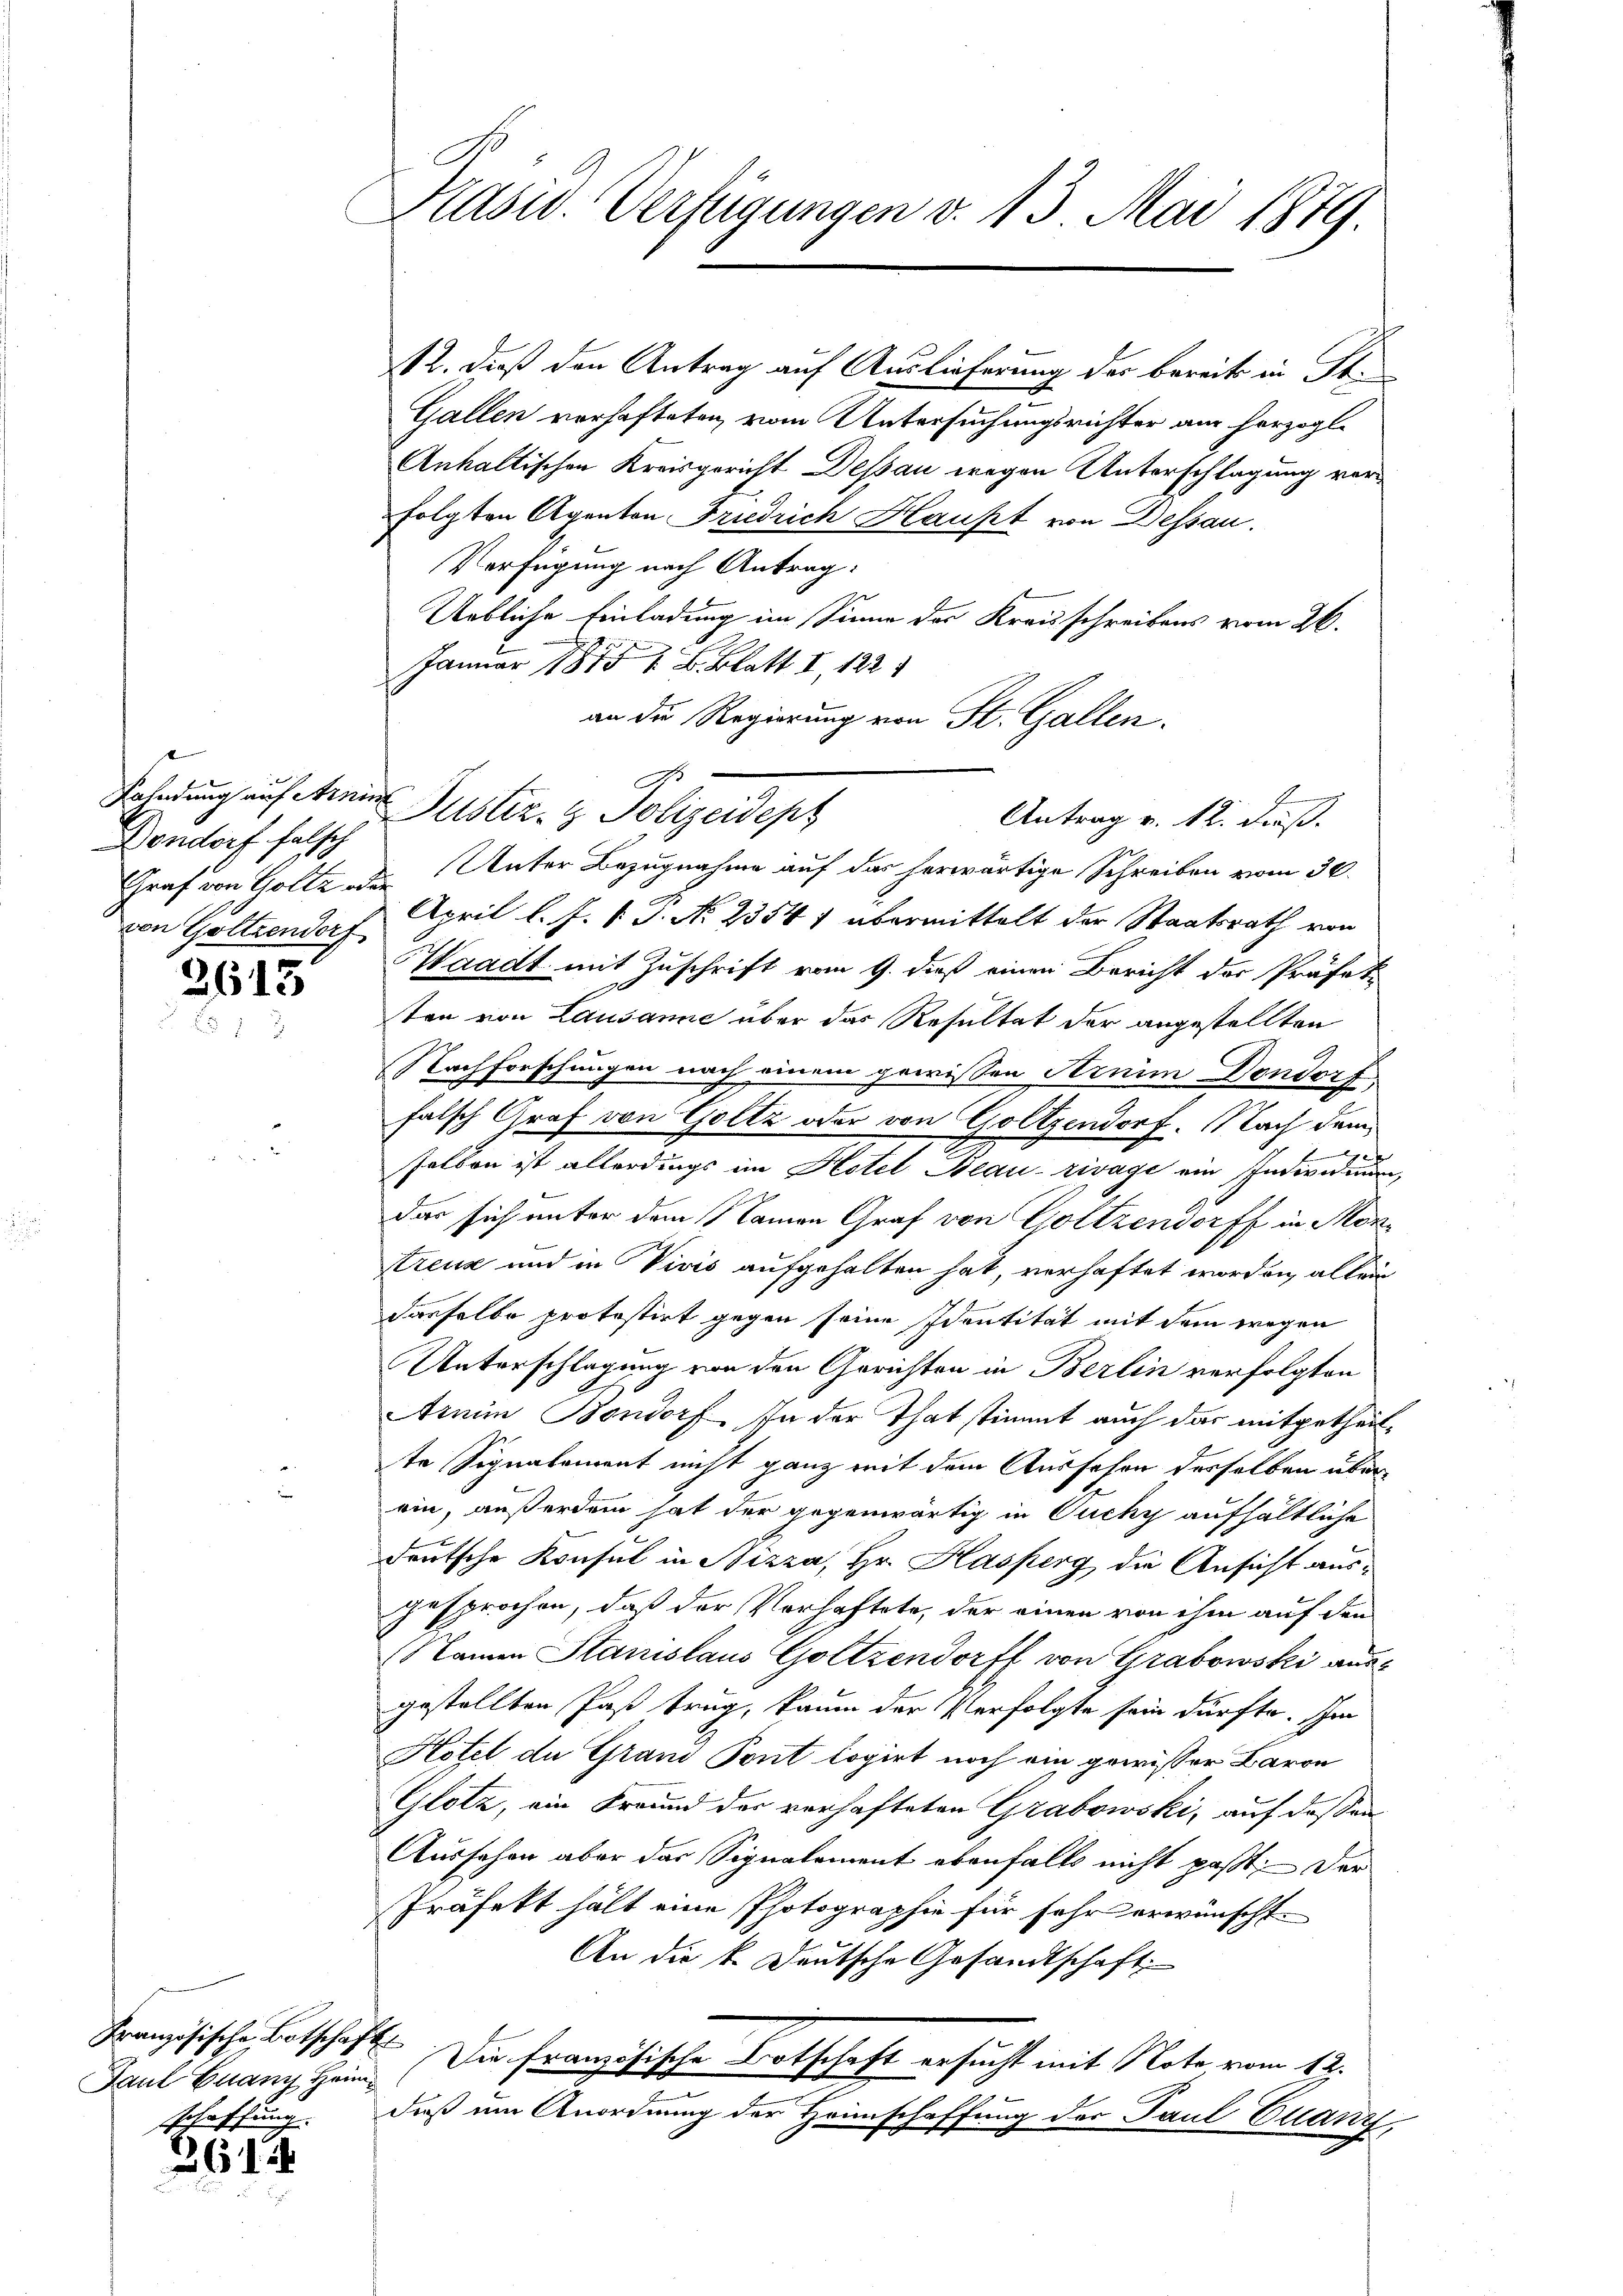
Gondorf falsch
von Goltzendorf

3615

Französische Botschaft
Paul Granz Heim
schaffung.

261

Pasiv. Verfügungen v. 13. Mai 1879.

12. dieß den Antrag auf Auslieferung der bereits in St.
Gallen verhafteten vom Untersuchungsrichter am herzogl.
Anhaltischen Kreisgericht Dessau wegen Unterschlagung vorfolgten Agenton Friedrich Haufet von Dessau.
Verfügung nach Antrag:
Uebliche Einladung im Sinne des Kreisschreibens vom 26.
Januar 1875 u. B. Blatt I 122
an die Regierung von St. Gallen.
Antrag v. 12. dieß.
Graf von Goltz oder Unter Bezugnahme auf das herwärtige Schreiben vom 30.
April l. J. P.P. No 2354) übermittelt der Staatsrath von
Waadt mit Zuschrift vom 9. dieß einen Bericht der Präfet-
ten von Lausanne über das Resultat der angestellten
Nachforschungen nach einem gewissen Arnim Dondorf
falsch Graf von Goltz oder von Goltzendorf. Nach dem
2
g
selben ist allerdings im Hotel Beau-rivage ein Individuen,
das sich unter dem Namen Graf von Goltzendorff in Mortreue und in Vivis aufgehalten hat, verhaftet worden, allein
dasselbe protestirt gegen seine Identität mit dem wegen
Unterschlagung von den Gerichten in Berlin verfolgten
Armin Bondorf. In der That stimmt auch das mitgetheilte Signalement nicht ganz mit dem Aussehen desselben überein, außerdem hat der gegenwärtig in Ouchy aufhältliche
deutsche Konsul in Nizza, Hr. Hasperg die Ansicht ausgesprochen, daß der Verhaftete, der einen von ihm auf den
Namen Stanislaus Goltzendorff von Grabowski aus
gestellten Paß trug, kaum der Verfolgte sein dürfte. Im
Hotel die Grand Pont logirt noch ein gewisser Baron
Glotz, ein Freund der verhafteten Grabowski, auf dassen
Ausschen aber das Signalement ebenfalls nicht paßt, der
Präfekt hält eine Photographie für sehr erwünscht.
An die k. Deutsche Gesandtschaft.
Die Französische Botschaft ersucht mit Note vom 12.
daß um Anordnung der Heimschaffung der Paul Euanz

Frladung auf Anein Justiz- & Polizeidept